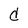
Character: d